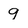
Character: 9